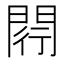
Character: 𨴠